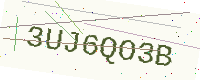
Text: 3UJ6QO3B